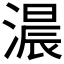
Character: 𮳐